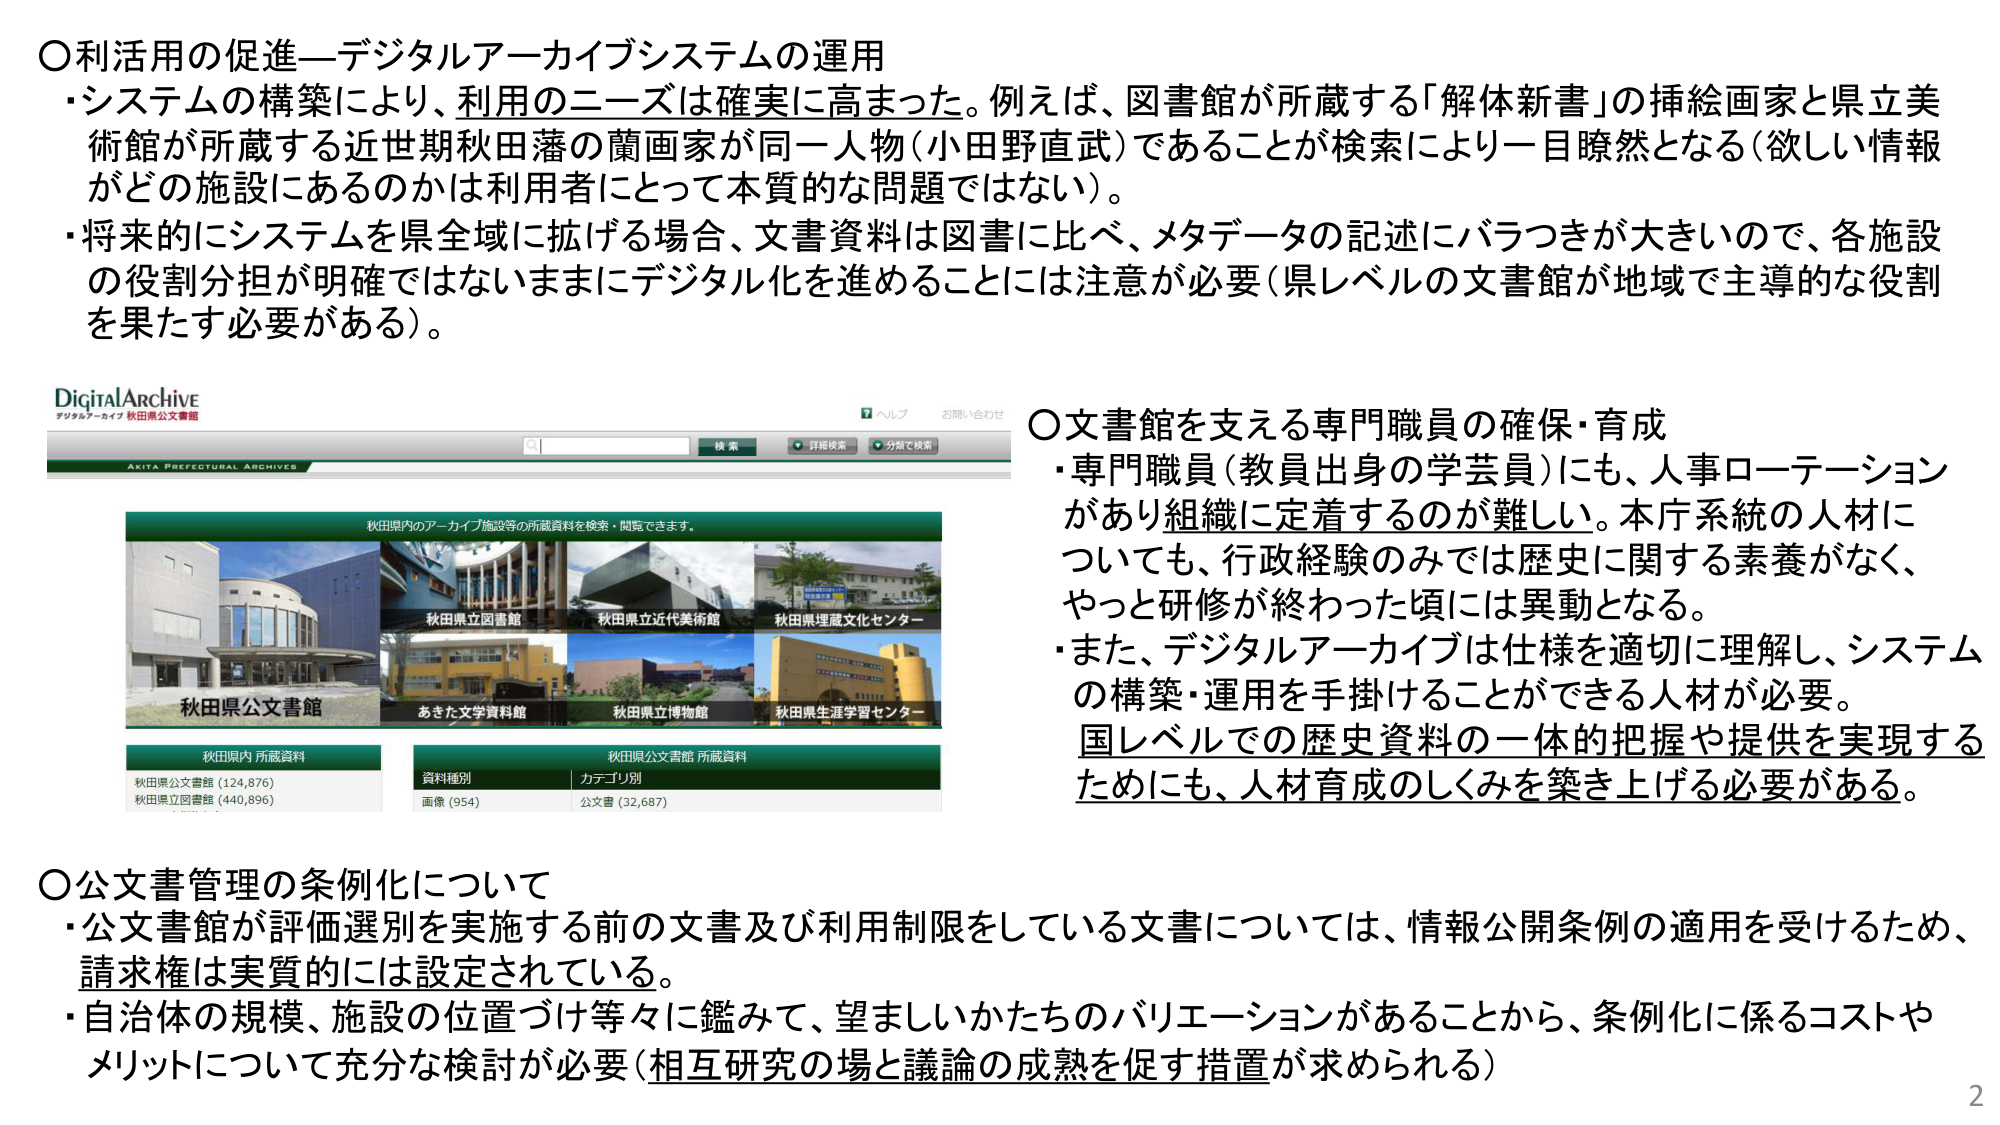
○利活用の促進―デジタルアーカイブシステムの運用
・システムの構築により、利用のニーズは確実に高まった。例えば、図書館が所蔵する「解体新書」の挿絵画家と県立美術館が所蔵する近世期秋田藩の蘭画家が同一人物（小田野直武）であることが検索により一目瞭然となる（欲しい情報がどの施設にあるのかは利用者にとって本質的な問題ではない）。
・将来的にシステムを県全域に拡げる場合、文書資料は図書に比べ、メタデータの記述にバラつきが大きいので、各施設の役割分担が明確ではないままにデジタル化を進めることには注意が必要（県レベルの文書館が地域で主導的な役割を果たす必要がある）。

DigitalArchive
デジタルアーカイブ 秋田県公文書館
AKITA PREFECTURAL ARCHIVES
検索
詳細検索
分類で検索
ヘルプ
お問い合わせ

秋田県内のアーカイブ施設等の所蔵資料を検索・閲覧できます。
秋田県立図書館
秋田県立近代美術館
秋田県埋蔵文化センター
秋田県公文書館
あきた文学資料館
秋田県立博物館
秋田県生涯学習センター

秋田県内 所蔵資料
秋田県公文書館 (124,876)
秋田県立図書館 (440,896)

秋田県公文書館 所蔵資料
資料種別 | カテゴリ別
画像 (954) | 公文書 (32,687)

○文書館を支える専門職員の確保・育成
・専門職員（教員出身の学芸員）にも、人事ローテーションがあり組織に定着するのが難しい。本庁系統の人材についても、行政経験のみでは歴史に関する素養がなく、やっと研修が終わった頃には異動となる。
・また、デジタルアーカイブは仕様を適切に理解し、システムの構築・運用を手掛けることができる人材が必要。国レベルでの歴史資料の一体的把握や提供を実現するためにも、人材育成のしくみを築き上げる必要がある。

○公文書管理の条例化について
・公文書館が評価選別を実施する前の文書及び利用制限をしている文書については、情報公開条例の適用を受けるため、請求権は実質的には設定されている。
・自治体の規模、施設の位置づけ等々に鑑みて、望ましいかたちのバリエーションがあることから、条例化に係るコストやメリットについて充分な検討が必要（相互研究の場と議論の成熟を促す措置が求められる）

2